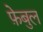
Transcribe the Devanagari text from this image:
फ़ेबुल